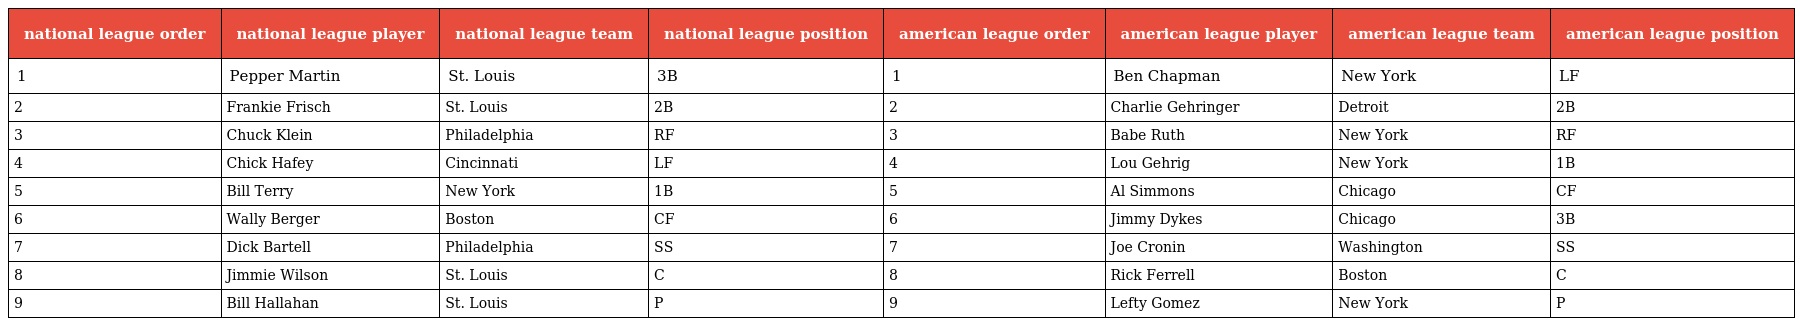
| national league order | national league player | national league team | national league position | american league order | american league player | american league team | american league position |
 | --- | --- | --- | --- | --- | --- | --- | --- |
 | 1 | Pepper Martin | St. Louis | 3B | 1 | Ben Chapman | New York | LF |
 | 2 | Frankie Frisch | St. Louis | 2B | 2 | Charlie Gehringer | Detroit | 2B |
 | 3 | Chuck Klein | Philadelphia | RF | 3 | Babe Ruth | New York | RF |
 | 4 | Chick Hafey | Cincinnati | LF | 4 | Lou Gehrig | New York | 1B |
 | 5 | Bill Terry | New York | 1B | 5 | Al Simmons | Chicago | CF |
 | 6 | Wally Berger | Boston | CF | 6 | Jimmy Dykes | Chicago | 3B |
 | 7 | Dick Bartell | Philadelphia | SS | 7 | Joe Cronin | Washington | SS |
 | 8 | Jimmie Wilson | St. Louis | C | 8 | Rick Ferrell | Boston | C |
 | 9 | Bill Hallahan | St. Louis | P | 9 | Lefty Gomez | New York | P |